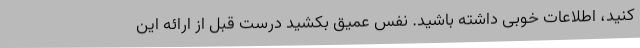
کنید، اطلاعات خوبی داشته باشید. نفس عمیق بکشید درست قبل از ارائه این